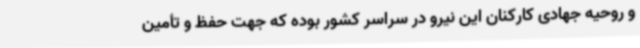
و روحیه جهادی کارکنان این نیرو در سراسر کشور بوده که جهت حفظ و تأمین